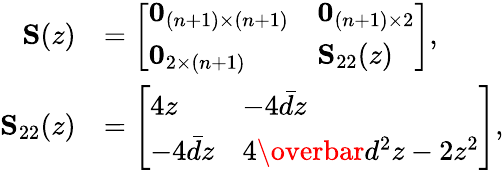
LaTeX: \begin{array}{rl}{{\mathbf S}(z)}&{=\left[\begin{array}{ll}{{\mathbf 0}_{(n+1)\times(n+1)}}&{{\mathbf 0}_{(n+1)\times 2}}\\ {{\mathbf 0}_{2\times(n+1)}}&{{\mathbf S}_{22}(z)}\end{array}\right],}\\ {{\mathbf S}_{22}(z)}&{=\left[\begin{array}{ll}{4z}&{-4\bar{d}z}\\ {-4\bar{d}z}&{4\overbar{d^{2}}z-2z^{2}}\end{array}\right],}\end{array}